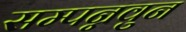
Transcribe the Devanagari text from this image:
सम्पन्नवुन